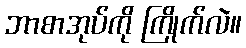
ဘာစာအုပ်ကို ကြိုက်လဲ။